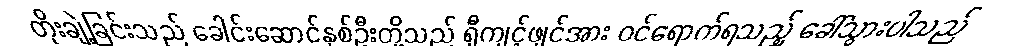
တိုးချဲ့ခြင်းသည် ခေါင်းဆောင်နှစ်ဦးတို့သည် ရှီကျင့်ဖျင်အား ဝင်ရောက်ရသည့် ခေါ်သွားပါသည်